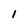
Character: 1